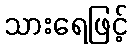
သားရေဖြင့်